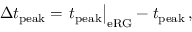
\Delta t _ { \mathrm { p e a k } } = \left. t _ { \mathrm { p e a k } } \right| _ { \mathrm { e R G } } - t _ { \mathrm { p e a k } } \, ,